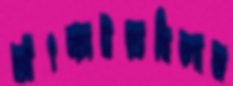
আঁৎকাইতেছিলাম